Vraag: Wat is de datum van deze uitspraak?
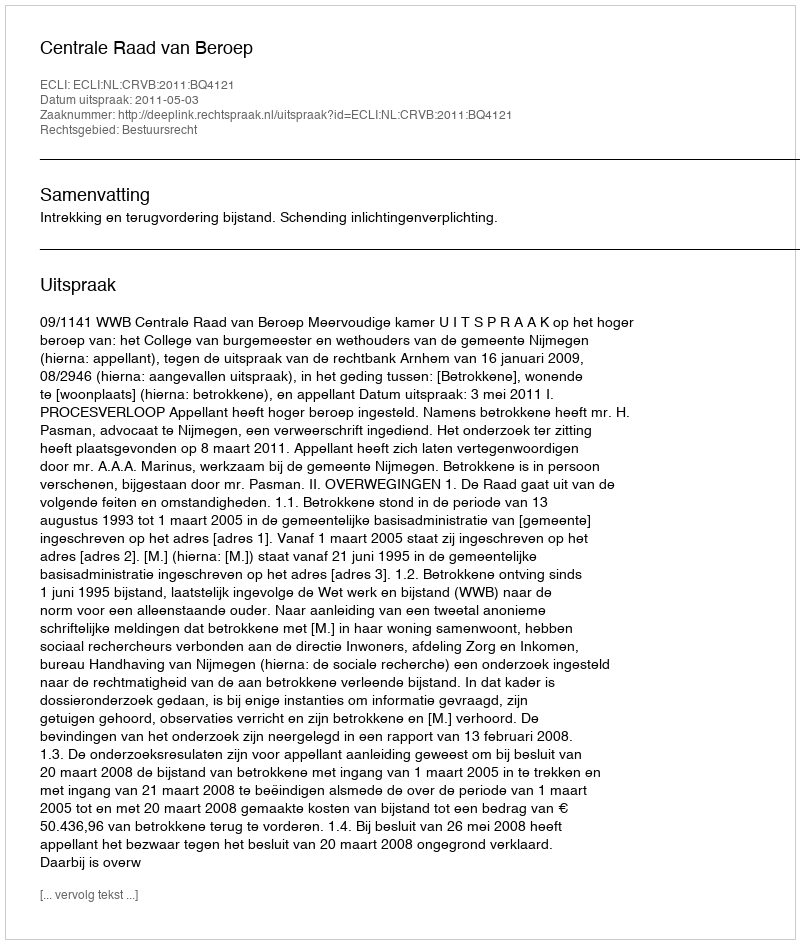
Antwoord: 2011-05-03